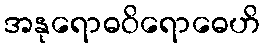
အနုရောဓဝိရောဓေဟိ